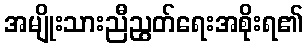
အမျိုးသားညီညွတ်ရေးအစိုးရ၏